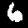
Label: 6